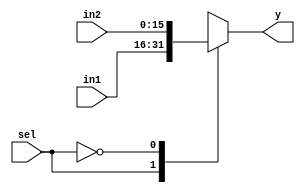
`timescale 1ns / 1ps
//////////////////////////////////////////////////////////////////////////////////
// Company: 
// Engineer: 
// 
// Design Name: 
// Module Name: mux16
// Project Name: 
// Target Devices: 
// Tool Versions: 
// Description: 
// 
// Dependencies: 
// 
// Revision:
// Revision 0.01 - File Created
// Additional Comments:
// 
//////////////////////////////////////////////////////////////////////////////////


module mux16(in1, in2, sel, y);
input [15:0] in1, in2;
input sel;
output [15:0] y;
reg [15:0] ytemp;
assign y = ytemp;
//assign y = (sel)?in1:in2;
always@(sel or in1 or in2)
begin
    case(sel)
        1'b1 : ytemp = in1;
        1'b0 : ytemp = in2;    
    endcase

end

endmodule